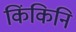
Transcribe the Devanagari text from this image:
किंकिनि